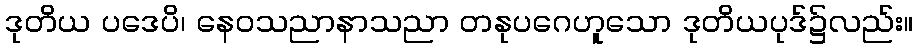
ဒုတိယ ပဒေပိ၊ နေဝသညာနာသညာ တနုပဂေဟူသော ဒုတိယပုဒ်၌လည်း။